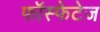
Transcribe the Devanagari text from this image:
फॉस्फेटेज